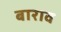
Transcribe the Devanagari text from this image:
बाराव